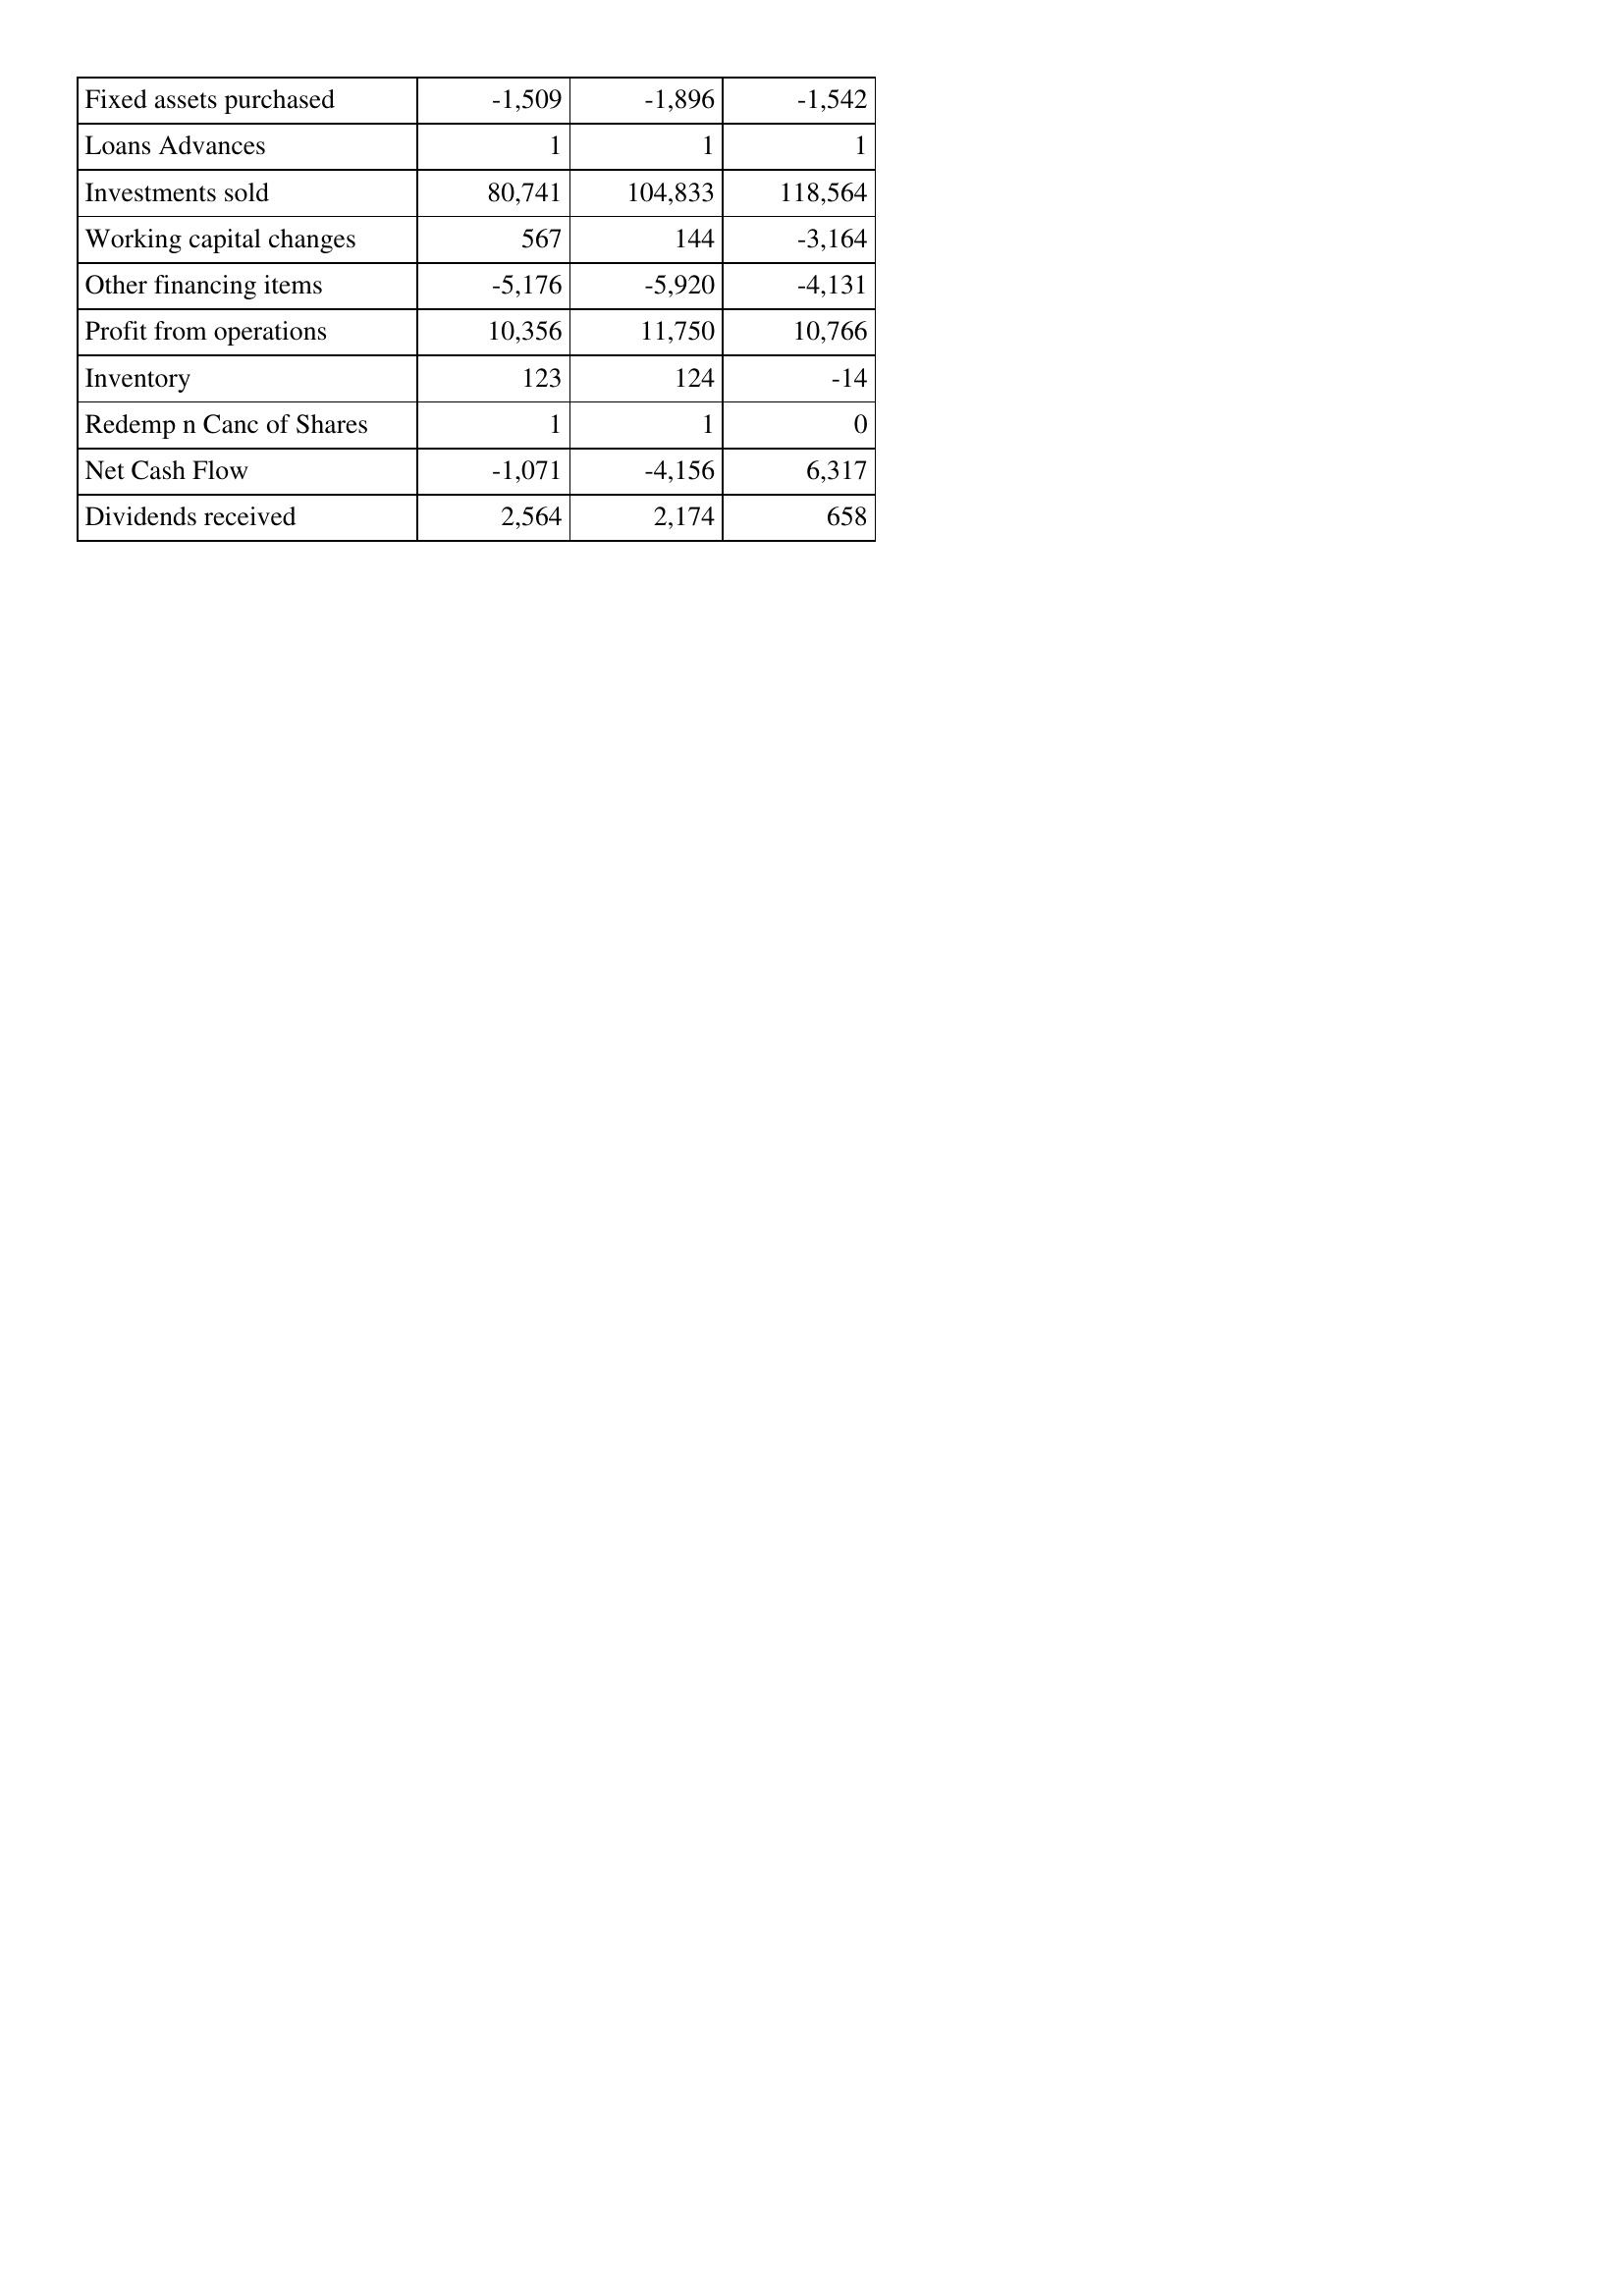
Feb-08: Cash Flows: Fixed assets purchased: -1,509
Loans Advances: 1
Investments sold: 80,741
Working capital changes: 567
Other financing items: -5,176
Profit from operations: 10,356
Inventory: 123
Redemp n Canc of Shares: 1
Net Cash Flow: -1,071
Dividends received: 2,564
Feb-07: Cash Flows: Fixed assets purchased: -1,896
Loans Advances: 1
Investments sold: 104,833
Working capital changes: 144
Other financing items: -5,920
Profit from operations: 11,750
Inventory: 124
Redemp n Canc of Shares: 1
Net Cash Flow: -4,156
Dividends received: 2,174
Feb-06: Cash Flows: Fixed assets purchased: -1,542
Loans Advances: 1
Investments sold: 118,564
Working capital changes: -3,164
Other financing items: -4,131
Profit from operations: 10,766
Inventory: -14
Redemp n Canc of Shares: 0
Net Cash Flow: 6,317
Dividends received: 658